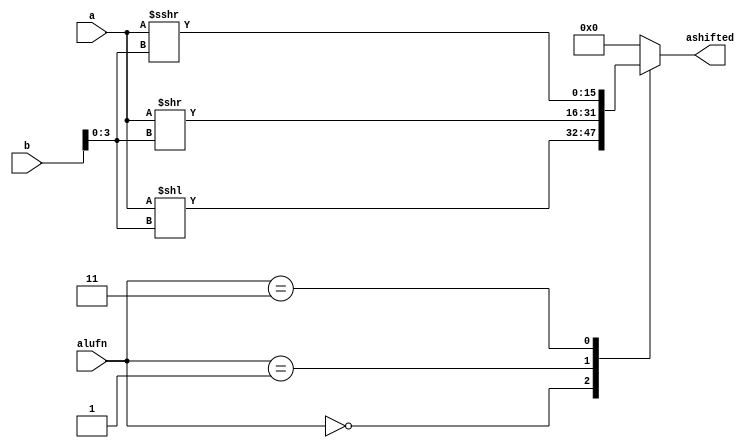
module shifter_7 (
    input [1:0] alufn,
    input [15:0] a,
    input [15:0] b,
    output reg [15:0] ashifted
  );
  
  
  
  always @* begin
    ashifted = 16'h0000;
    
    case (alufn[0+1-:2])
      2'h0: begin
        ashifted = a << b[0+3-:4];
      end
      2'h1: begin
        ashifted = a >> b[0+3-:4];
      end
      2'h3: begin
        ashifted = $signed(a) >>> b[0+3-:4];
      end
    endcase
  end
endmodule